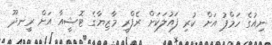
ނިއުގެ ހަމްޕު އަށް ކުރި ފައުލަކަށް ރެފްރީ މާޒިޔާގެ ޓޮޝީއާ އަށް ރީނދޫ